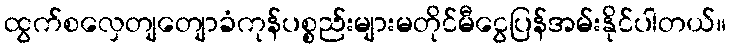
ထွက်စလှေတျတျောခံကုန်ပစ္စည်းများမတိုင်မီငွေပြန်အမ်းနိုင်ပါတယ်။